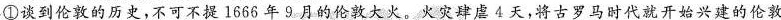
①谈到伦敦的历史，不可不提1666年9月的伦敦大火。火灾肆虐4天，将古罗马时代就开始兴建的伦敦